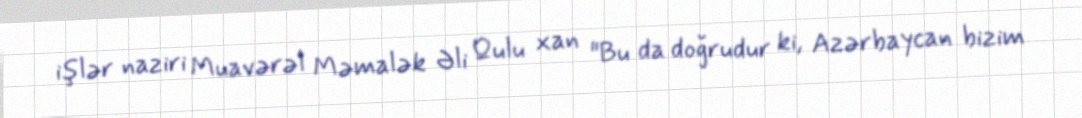
işlər naziri Muavərəl Məmalək Əli Qulu xan "Bu da doğrudur ki, Azərbaycan bizim